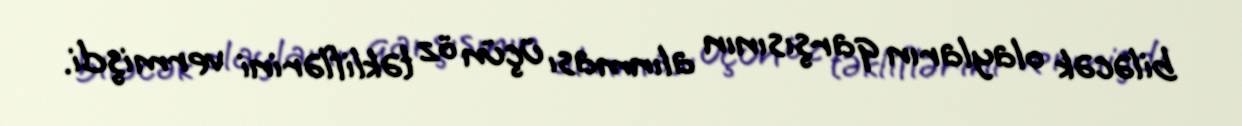
biləcək olayların qarşısının alınması üçün öz təkliflərini vermişdi.